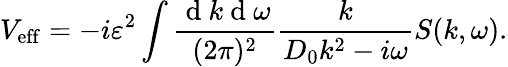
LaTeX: V_{\mathrm{eff}}=-i\varepsilon^{2}\int\frac{\mathrm{~d~}k\mathrm{~d~}\omega}{(2\pi)^{2}}\frac{k}{D_{0}k^{2}-i\omega}S(k,\omega).